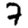
Digit: 7